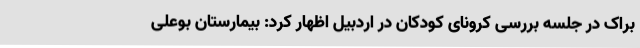
براک در جلسه بررسی کرونای کودکان در اردبیل اظهار کرد: بیمارستان بوعلی